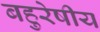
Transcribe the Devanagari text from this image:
बहुरेषीय